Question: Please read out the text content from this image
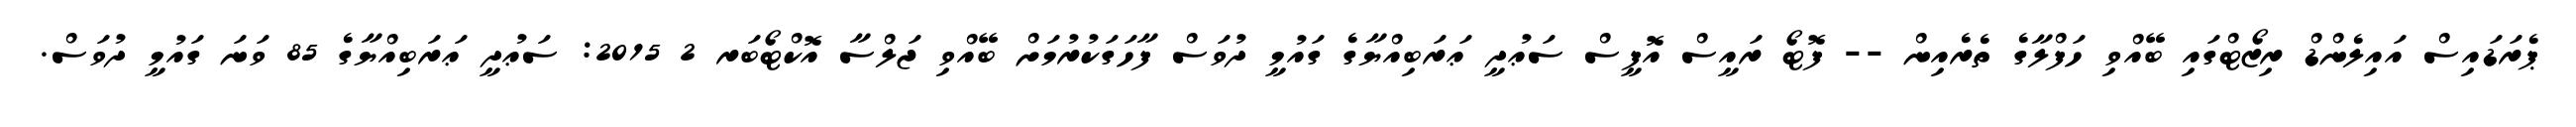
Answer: ޕެރަޑައިސް އައިލެންޑް ރިޒޯޓްގައި ބޭއްވި ހަފްލާގެ ތެރެއިން -- ފޮޓޯ ރައީސް އޮފީސް ސަޢުދީ ޢަރަބިއްޔާގެ ގައުމީ ދުވަސް ފާހަގަކުރުމަށް ބޭއްވި ޖަލްސާ އޮކްޓޯބަރ 2 2015: ސަޢުދީ ޢަރަބިއްޔާގެ 85 ވަނަ ގައުމީ ދުވަސް.